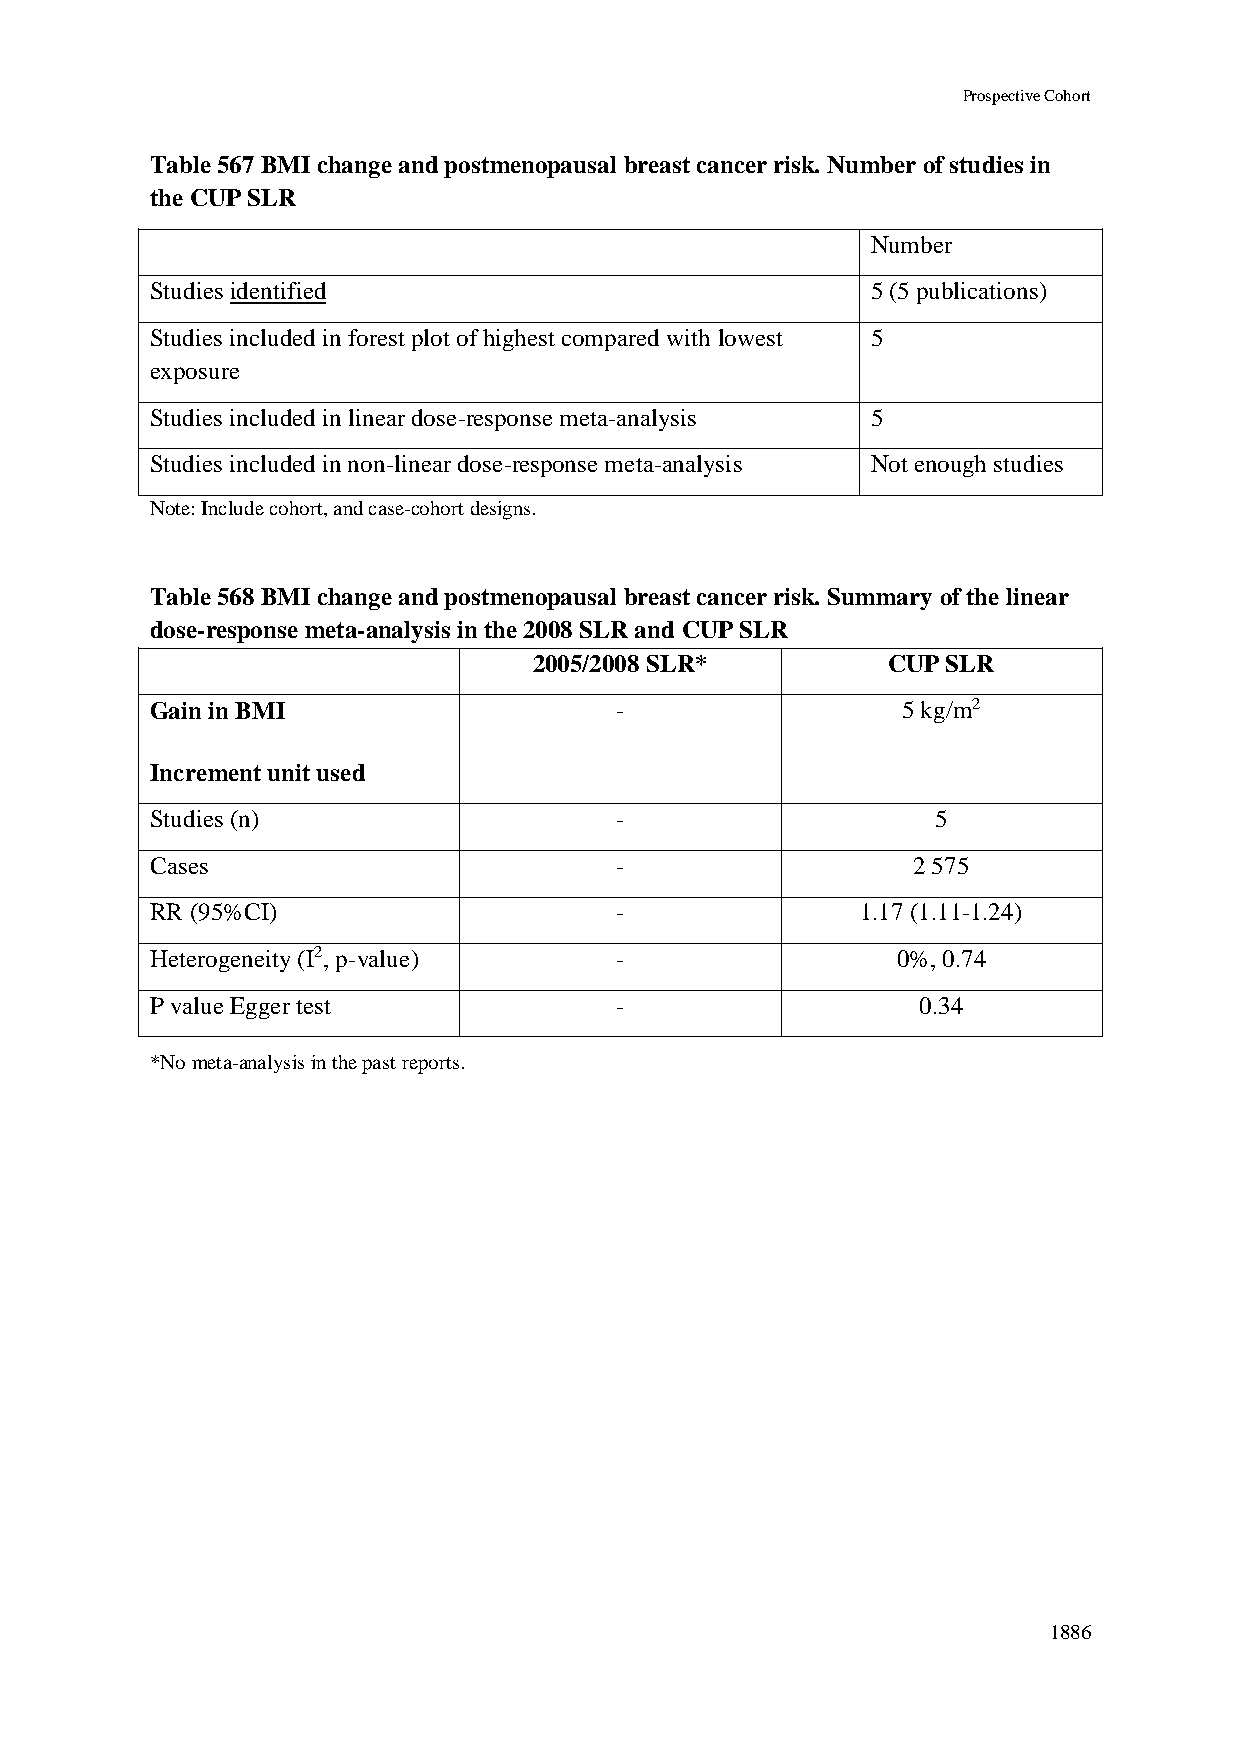
Prospective Cohort
 Table 567 BMI change and postmenopausal breast cancer risk. Number of studies in
 the CUP SLR
 Number
 Studies identified                              5 (5 publications)
 Studies included in forest plot of highest compared with lowest 5
 exposure
 Studies included in linear dose-response meta-analysis 5
 Studies included in non-linear dose-response meta-analysis Not enough studies
 Note: Include cohort, and case-cohort designs.
 Table 568 BMI change and postmenopausal breast cancer risk. Summary of the linear
 dose-response meta-analysis in the 2008 SLR and CUP SLR
 2005/2008 SLR*          CUP SLR
 Gain in BMI                    -                  5 kg/m2
 Increment unit used
 Studies (n)                    -                    5
 Cases                          -                  2 575
 RR (95%CI)                     -               1.17 (1.11-1.24)
 Heterogeneity (I2, p-value)    -                 0%, 0.74
 P value Egger test             -                   0.34
 *No meta-analysis in the past reports.
 1886